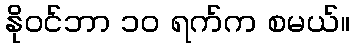
နိုဝင်ဘာ ၁၀ ရက်က စမယ်။